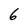
Character: 6